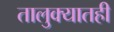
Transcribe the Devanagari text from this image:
तालुक्‍यातही